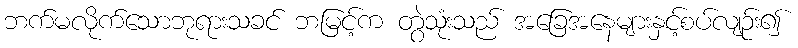
ဘက်မလိုက်သောဘုရားသခင် ဘမြင့်က တွဲသုံးသည် အခြေအနေများနှင့်စပ်လျဉ်း၍